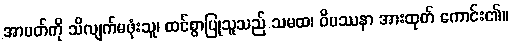
အာပတ်ကို သိလျက်မဖုံးသူ၊ ထင်စွာပြုသူသည် သမထ၊ ဝိပဿနာ အားထုတ် ကောင်း၏။